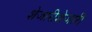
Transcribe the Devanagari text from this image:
शेजारीशेजारी